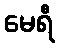
မေရီ